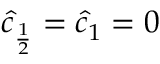
\hat { c } _ { \frac { 1 } { 2 } } = \hat { c } _ { 1 } = 0